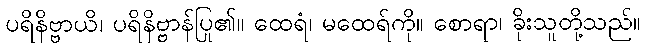
ပရိနိဗ္ဗာယိ၊ ပရိနိဗ္ဗာန်ပြု၏။ ထေရံ၊ မထေရ်ကို။ စောရာ၊ ခိုးသူတို့သည်။